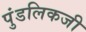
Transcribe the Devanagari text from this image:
पुंडलिकजी